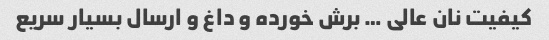
کیفیت نان عالی … برش خورده و داغ و ارسال بسیار سریع